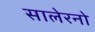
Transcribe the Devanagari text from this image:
सालेरनो